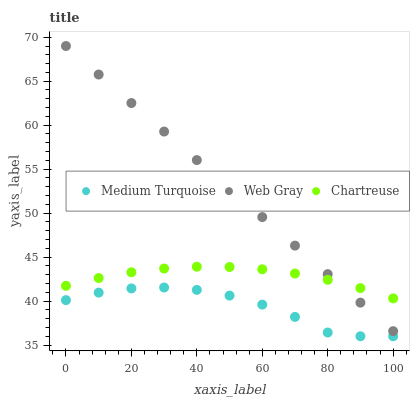
| xaxis_label | Medium Turquoise | Web Gray | Chartreuse |
 | --- | --- | --- | --- |
 | 0 | 40.1 | 69 | 41.7 |
 | 10 | 41 | 65.8 | 42.6 |
 | 20 | 41.4 | 62.5 | 43.3 |
 | 30 | 41.5 | 59.3 | 43.7 |
 | 40 | 41.3 | 56 | 43.9 |
 | 50 | 40.6 | 52.8 | 43.9 |
 | 60 | 39.6 | 49.5 | 43.6 |
 | 70 | 38.2 | 46.3 | 43.1 |
 | 80 | 36.4 | 43.1 | 42.4 |
 | 90 | 36 | 39.8 | 41.5 |
 | 100 | 36 | 36.6 | 40.3 |